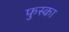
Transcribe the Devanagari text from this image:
फुस्का